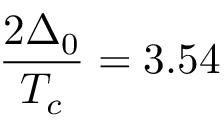
\frac { 2 \Delta _ { 0 } } { T _ { c } } = 3 . 5 4